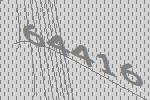
64416